Annual returns of the Patna Lunatic Asylum at Bankipore in Bihar and Orissa - 1912-1924
Year: 1912
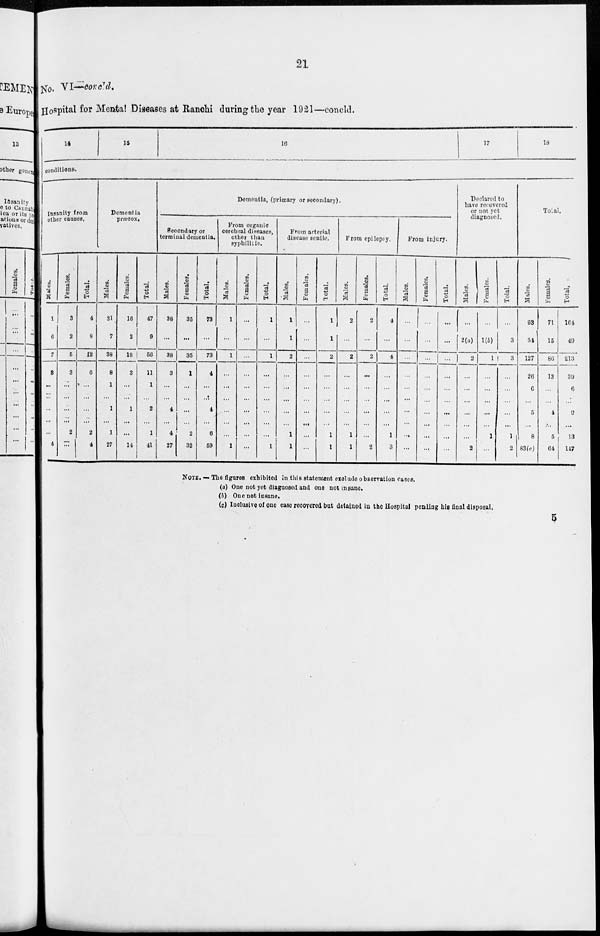
21
No. VI– concld.
Hospital for Mental Diseases at Ranchi during the year 1921—concld.
14
15
16
17
18
conditions.
Insanity from
other causes.
Males.
1
6
7
3
...
...
...
...
...
4
Females.
3
2
5
3
...
...
...
...
2
...
Total.
4
8
12
6
...
...
...
...
2
4
Dementia
præcox.
Males.
31
7
38
8
1
...
1
...
1
27
Females.
16
2
18
3
...
...
1
...
...
14
Total.
47
9
56
11
1
...
2
...
1
41
Dementia, (primary or secondary).
Secondary or
terminal dementia.
Males.
38
...
38
3
...
...
4
...
4
27
Females.
35
...
35
1
...
...
...
...
2
32
Total.
73
...
73
4
...
...
4
...
6
59
From organic
cerebral diseases,
other than
syphilitic.
Males.
1
...
1
...
...
...
...
...
...
1
Females.
...
...
...
...
...
...
...
...
...
...
Total.
1
...
1
...
...
...
...
...
...
1
From arterial
disease senile.
Males.
1
1
2
...
...
...
...
...
1
1
Females.
...
...
...
...
...
...
...
...
...
...
Total.
1
1
2
...
...
...
...
...
1
1
From epilepsy.
Males.
2
...
2
...
...
...
...
...
1
1
Females.
2
...
2
...
...
...
...
...
...
2
Total.
4
...
4
...
...
...
...
...
1
3
From injury.
Males.
...
...
...
...
...
...
...
...
...
...
Females.
...
...
...
...
...
...
...
...
...
...
Total.
...
...
...
...
...
...
...
...
...
...
Declared to
have recovered
or not yet
diagnosed.
Males.
...
2(a)
2
...
...
...
...
...
...
2
Females.
...
1(b)
1
...
...
...
...
...
1
...
Total.
...
3
3
...
...
...
...
...
1
2
Total.
Males.
93
34
127
26
6
...
5
... 8
83(c)
Females.
71
15
86
13
...
...
4
...
5
64
Total.
164
49
213
39
6
...
9
...
13
147
NOTE. — The figures exhibited in this statement exclude observation cases.
(a) One not yet diagnosed and one not insane.
(b) One not insane.
(c) Inclusive of one case recovered but detained in the Hospital pending his final disposal.
5